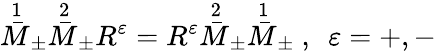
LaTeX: \stackrel{1}{\bar{M}}_{\pm}\stackrel{2}{\bar{M}}_{\pm}R^{\varepsilon}=R^{\varepsilon}\stackrel{2}{\bar{M}}_{\pm}\stackrel{1}{\bar{M}}_{\pm}\ ,\ \ \varepsilon=+,-\,